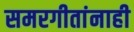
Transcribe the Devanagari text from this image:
समरगीतांनाही